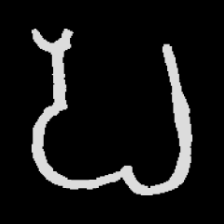
Pyu character \u2014 Myanmar letter: ပ (romanized: pa)